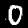
Label: 0